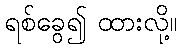
ရစ်ခွေ၍ ထားလို့။